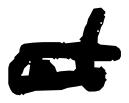
Text: at
Cross-out: double-line
Writing tool: digital_black